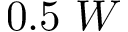
0 . 5 ~ W